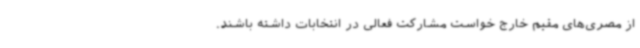
از مصری‌های مقیم خارج خواست مشارکت فعالی در انتخابات داشته باشند.